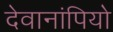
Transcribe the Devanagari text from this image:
देवानांपियो